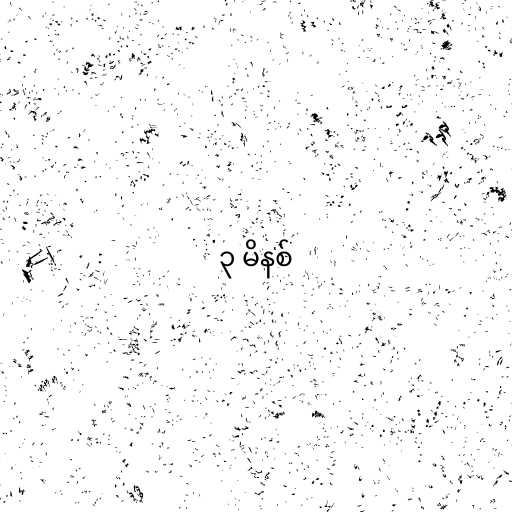
၃ မိနစ်